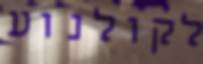
לקולנוע